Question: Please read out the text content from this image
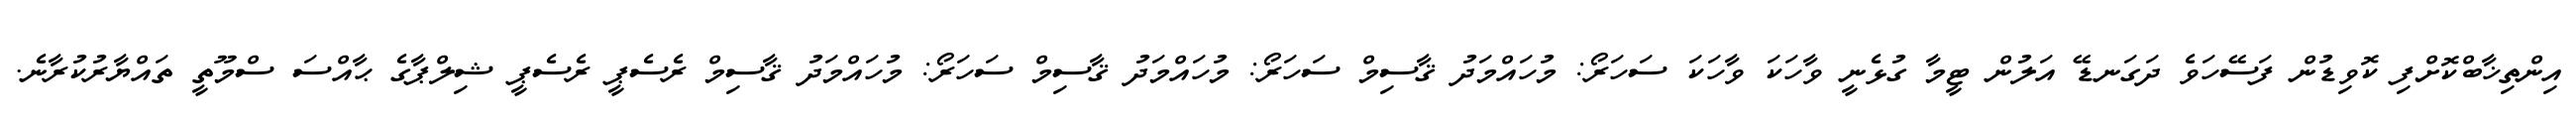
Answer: އިންތިޚާބްކޮށްފި ކޮވިޑުން ފަސޭހަވެ ދަގަނޑޭ އަލުން ޓީމާ ގުޅެނީ ވާހަކަ ވާހަކަ ސަހަރޯ: މުހައްމަދު ޤާސިމް ސަހަރޯ: މުހައްމަދު ޤާސިމް ސަހަރޯ: މުހައްމަދު ޤާސިމް ރެސެޕީ ރެސެޕީ ޝިލްޕާގެ ޙާއްސަ ސްމޫތީ ތައްޔާރުކުރާނެ.